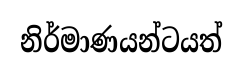
නිර්මාණයන්ටයත්